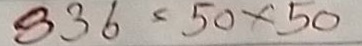
836 = 50 x 50